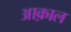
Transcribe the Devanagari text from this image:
आक़ाल